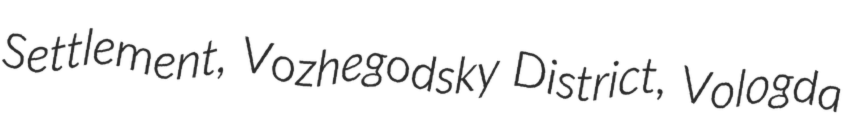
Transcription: Settlement, Vozhegodsky District, Vologda